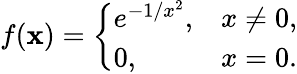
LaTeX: f(\mathbf{x})={\left\{ \begin{array}{ll}{e^{-1/x^{2}},}&{x\neq 0,}\\ {0,}&{x=0.}\end{array}\right.}